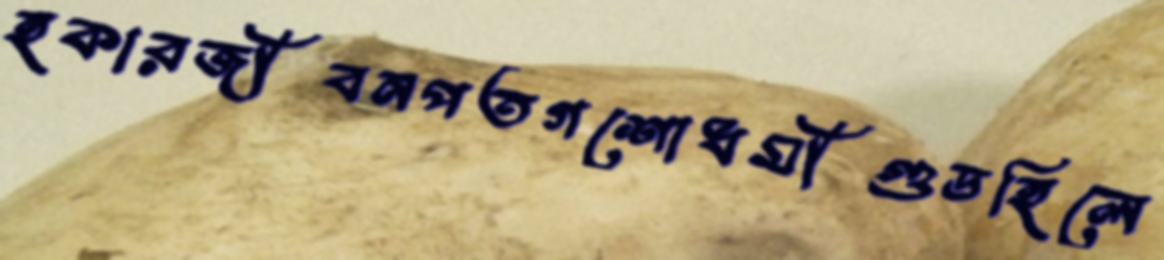
হকারজীবনপতগশোধর্মীগুডহিলে